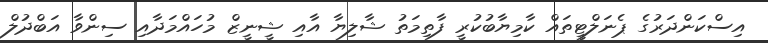
އިސްކަންދަރުގެ ޕެނަލްޓީތައް ކާމިޔާބުކުރީ ފާތިމަތު ޝާލިޔާ އާއި ޝީނީޒް މުހައްމަދާއި ސިންވާ އަބްދުލް